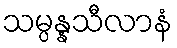
သမ္ပန္နသီလာနံ